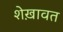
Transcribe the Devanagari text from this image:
शेख़ावत